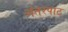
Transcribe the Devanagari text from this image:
अंतरपाठ